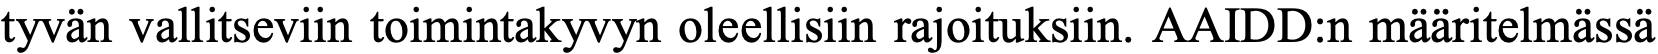
tyvän vallitseviin toimintakyvyn oleellisiin rajoituksiin. AAIDD:n määritelmässä